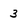
Character: 3